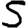
Digit: 5